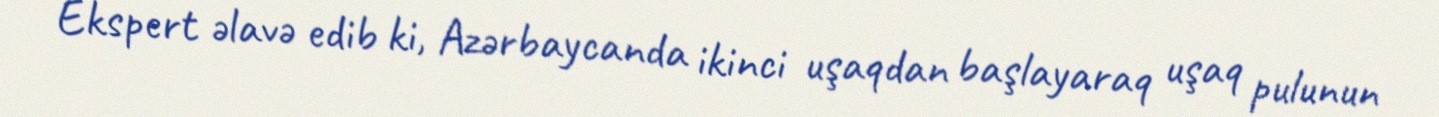
Ekspert əlavə edib ki, Azərbaycanda ikinci uşaqdan başlayaraq uşaq pulunun